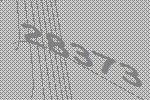
28373